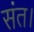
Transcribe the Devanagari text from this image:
संत।